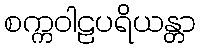
စက္ကဝါဠပရိယန္တာ